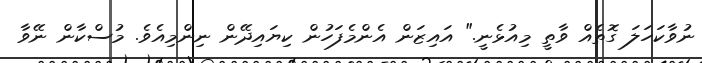
ނުވާކަހަލަ ގޮތެއް ވާތީ މިއުޅެނީ." އައިޒަން އެންމެފަހުން ކިޔައިދޭން ނިންމިއެވެ. މުސްކާން ނޭވާ